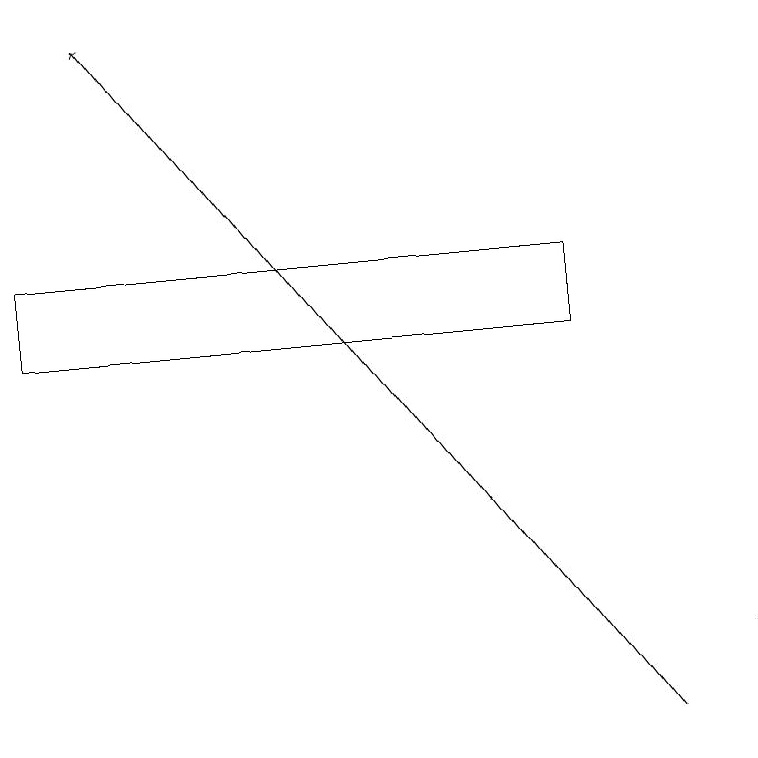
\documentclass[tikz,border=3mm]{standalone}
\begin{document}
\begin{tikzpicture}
\draw (7,15) rectangle (0,16);
\draw (9,10) rectangle (9,11);
\draw[->] (8,10) -- (1,19);
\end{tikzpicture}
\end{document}